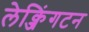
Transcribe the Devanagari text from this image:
लेक्जिंगटन